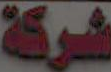
شركة